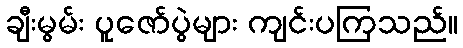
ချီးမွမ်း ပူဇော်ပွဲများ ကျင်းပကြသည်။